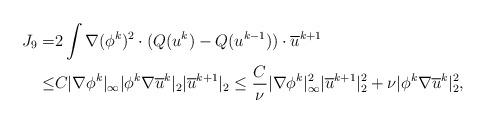
LaTeX: \begin{align*}J_9=&2\int \nabla (\phi^k)^2\cdot (Q(u^{k})-Q(u^{k-1})) \cdot \overline{u}^{k+1} \\\leq&C |\nabla \phi^k|_\infty|\phi^k \nabla \overline{u}^k|_2| \overline{u}^{k+1}|_2\leq \frac{C}{\nu} |\nabla \phi^k|^2_\infty | \overline{u}^{k+1}|^2_2+\nu |\phi^k \nabla \overline{u}^k|^2_2,\end{align*}